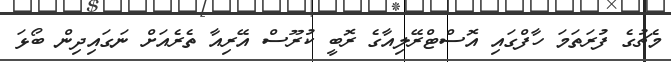
މެޗުގެ ފުރަތަމަ ހާފްގައި އޮސްޓްރޭލިއާގެ ރޮބީ ކުރޫސް އޭރިއާ ތެރެއަށް ނަގައިދިން ބޯޅަ